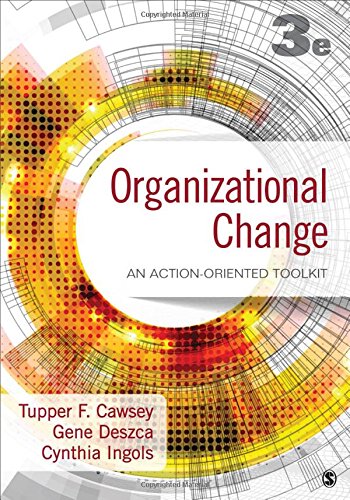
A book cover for Organizational Change: An Action-Oriented Toolkit; Thomas (Tupper) F. Cawsey; Business & Money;